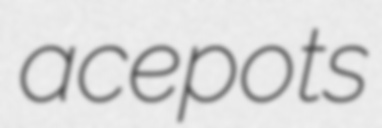
acepots